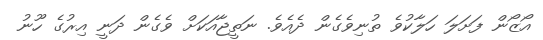
އޯޒޯން ފަށަލަ ހަލާކުވެ ތުނިވެގެން ދެއެވެ. ނަތީޖާއަކަށް ވެގެން ދަނީ އިރުގެ ހޫނު